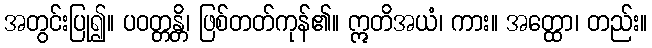
အတွင်းပြု၍။ ပဝတ္တန္တိ၊ ဖြစ်တတ်ကုန်၏။ ဣတိအယံ၊ ကား။ အတ္ထော၊ တည်း။